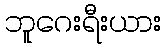
ဘူဂေးရီးယား